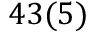
4 3 ( 5 )